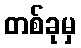
တစ်ခုမှ